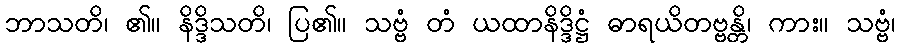
ဘာသတိ၊ ၏။ နိဒ္ဒိသတိ၊ ပြ၏။ သဗ္ဗံ တံ ယထာနိဒ္ဒိဋ္ဌံ ဓာရယိတဗ္ဗန္တိ၊ ကား။ သဗ္ဗံ၊